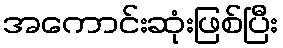
အကောင်းဆုံးဖြစ်ပြီး